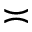
\asymp